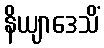
နိယျာဒေသိံ